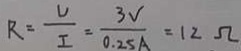
R = \frac { U } { I } = \frac { 3 V } { 0 . 2 5 A } = 1 2 \Omega